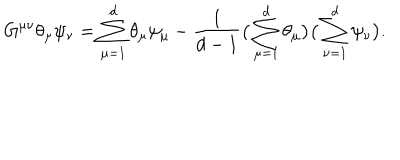
G ^ { \mu \nu } \theta _ { \mu } \psi _ { \nu } = \sum _ { \mu = 1 } ^ { d } \theta _ { \mu } \psi _ { \mu } - \frac { 1 } { d - 1 } \big ( \sum _ { \mu = 1 } ^ { d } \theta _ { \mu } \big ) \big ( \sum _ { \nu = 1 } ^ { d } \psi _ { \nu } \big ) .